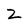
Character: z